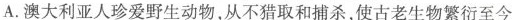
A.澳大利亚人珍爱野生动物，从不猎取和捕杀，使古老生物繁衍至今